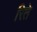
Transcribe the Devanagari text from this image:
रिते